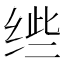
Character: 𱺤